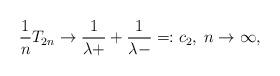
LaTeX: \begin{align*}\frac{1}{n} T_{2n} \stackrel{}\to \frac{1}{\lambda+} + \frac{1}{\lambda-} =: c_2,\; n \to \infty,\end{align*}